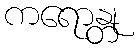
ကရောန္တု